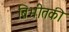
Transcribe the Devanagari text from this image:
बिभीतकी